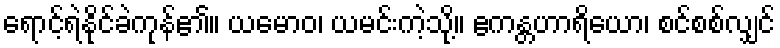
ရောင့်ရဲနိုင်ခဲကုန်၏။ ယမောဝ၊ ယမင်းကဲ့သို့။ ဧကန္တဟာရိယော၊ စင်စစ်လျှင်